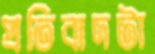
প্রতিবাদটা